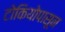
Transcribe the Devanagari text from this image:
टोकियोपासून